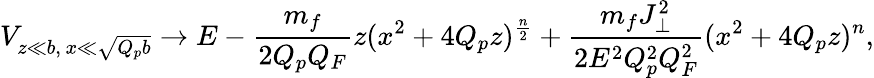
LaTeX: V_{z\ll b,\, x\ll\sqrt{Q_{p}b}}\to E-{\frac{m_{f}}{2Q_{p}Q_{F}}}z(x^{2}+4Q_{p}z)^{\frac{n}{2}}+{\frac{m_{f}J_{\perp}^{2}}{2E^{2}Q_{p}^{2}Q_{F}^{2}}}(x^{2}+4Q_{p}z)^{n},